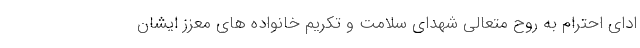
ادای احترام به روح متعالی شهدای سلامت و تکریم خانواده های معزز ایشان